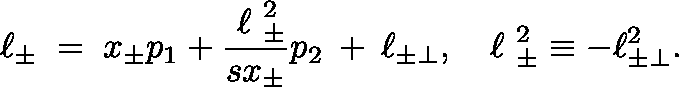
\ell _ { \pm } \; = \; x _ { \pm } p _ { 1 } + \frac { \mathrm { \boldmath ~ \ell ~ } _ { \pm } ^ { 2 } } { s x _ { \pm } } p _ { 2 } \: + \: \ell _ { \pm \perp } , \: \: \: \mathrm { \boldmath ~ \ell ~ } _ { \pm } ^ { 2 } \equiv - \ell _ { \pm \perp } ^ { 2 } .